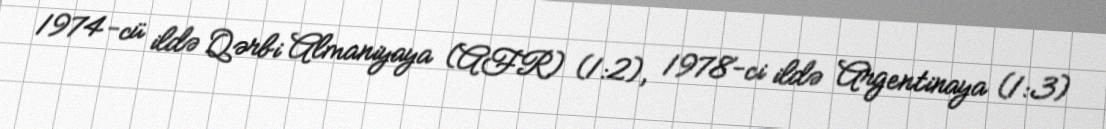
1974-cü ildə Qərbi Almaniyaya (AFR) (1:2), 1978-ci ildə Argentinaya (1:3)